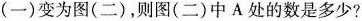
(一)变为图(二)，则图(二)中A处的数是多少？